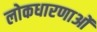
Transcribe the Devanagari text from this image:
लोकधारणाओं